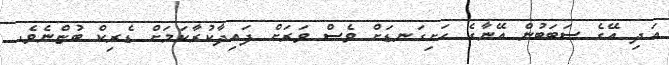
އަދި އޭގެ ސަބަބުން އޭނާގެ ހަށިގަނޑަށް ވެސް ވަރަށް ފައިދާކުރާކަމަށް ޑެރިކް ބުޏްނެވެ.